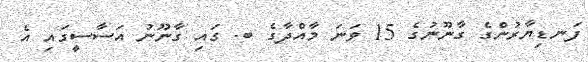
ފަނޑިޔާރުންގެ ގާނޫނުގެ 15 ވަނަ މާއްދާގެ ބ. ގައި ގާނޫނު އަސާސީގައި އެ